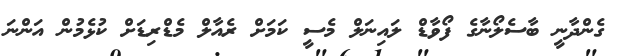
ގެންދާނީ ބާސެލޯނާގެ ފޯވާޑް ލައިނަލް މެސީ ކަމަށް ރެއާލް މެޑްރިޑަށް ކުޅެމުން އަންނަ